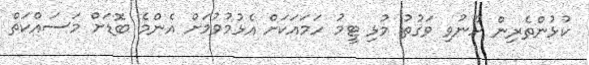
ކުޅުންތެރިން ހޫނުވި ވަގުތު މުޅި ޓީމު ހަމައަކަށް އެޅުމުވުމަށް އެންމެ ބޮޑަށް މަސައްކަތް